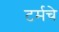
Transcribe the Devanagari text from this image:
टर्मचे